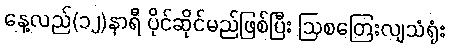
နေ့လည်(၁၂)နာရီ ပိုင်ဆိုင်မည်ဖြစ်ပြီး ဩစတြေးလျသံရုံး